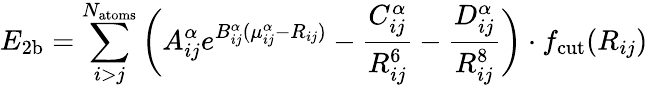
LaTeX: E_{\mathrm{2b}}=\sum_{i>j}^{N_{\mathrm{atoms}}}\bigg(A_{ij}^{\alpha}e^{B_{ij}^{\alpha}(\mu_{ij}^{\alpha}-R_{ij})}-\frac{C_{ij}^{\alpha}}{R_{ij}^{6}}-\frac{D_{ij}^{\alpha}}{R_{ij}^{8}}\bigg)\cdot f_{\mathrm{cut}}(R_{ij})